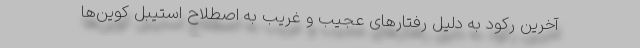
آخرین رکود به دلیل رفتارهای عجیب و غریب به اصطلاح استیبل کوین‌ها